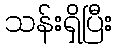
သန်းရှိပြီး